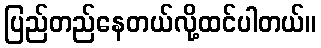
ပြည်တည်နေတယ်လို့ထင်ပါတယ်။